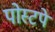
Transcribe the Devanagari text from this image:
पोस्टपे